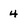
Character: 4